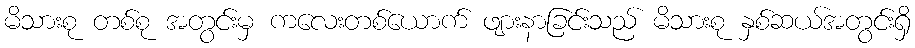
မိသားစု တစ်စု အတွင်းမှ ကလေးတစ်ယောက် ဖျားနာခြင်းသည် မိသားစု နှစ်ဆယ်အတွင်းရှိ